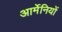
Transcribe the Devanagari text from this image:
आर्मेनियों